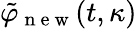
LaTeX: \tilde{\varphi}_{\mathrm{~n~e~w~}}(t,\kappa)